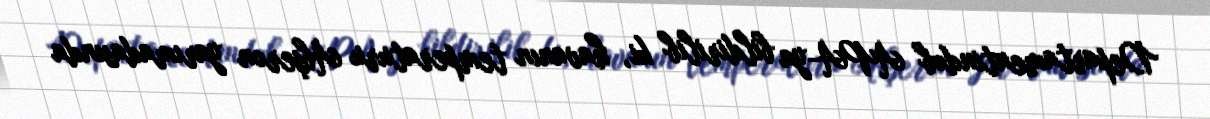
Departamentindəb APA-ya bildirilib ki, havanın temperaturu Abşeron yarımadasında